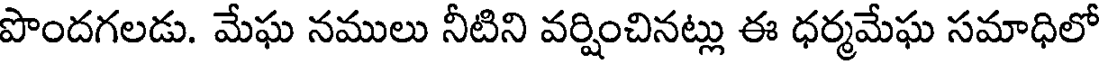
పొందగలడు. మేఘ నములు నీటిని వర్షించినట్లు ఈ ధర్మమేఘ సమాధిలో